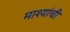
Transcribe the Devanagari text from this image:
माश्यांची